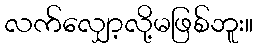
လက်လျှော့လို့မဖြစ်ဘူး။